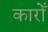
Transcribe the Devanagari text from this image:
कारोँ